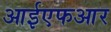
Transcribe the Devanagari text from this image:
आईएफआर